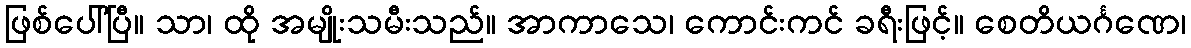
ဖြစ်ပေါ်ပြီ။ သာ၊ ထို အမျိုးသမီးသည်။ အာကာသေ၊ ကောင်းကင် ခရီးဖြင့်။ စေတိယင်္ဂဏေ၊